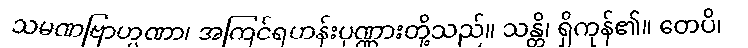
သမဏဗြာဟ္မဏာ၊ အကြင်ရဟန်းပုဏ္ဏားတို့သည်။ သန္တိ၊ ရှိကုန်၏။ တေပိ၊